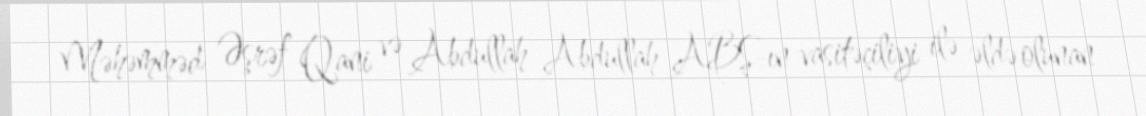
Məhəmməd Əşrəf Qani və Abdullah Abdullah ABŞ-ın vasitəçiliyi ilə əldə olunan